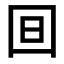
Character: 𣅍